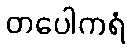
တပေါကရံ